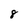
Character: 8